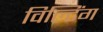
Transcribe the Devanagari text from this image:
विल्टिंग